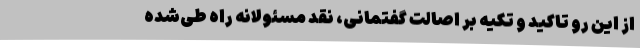
از این رو تاکید و تکیه بر اصالت گفتمانی، نقد مسئولانه راهِ طی‌شده